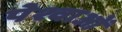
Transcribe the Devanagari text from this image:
पेश्वाओं